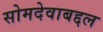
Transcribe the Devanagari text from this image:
सोमदेवाबद्दल